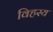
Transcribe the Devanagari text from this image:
विहस्य